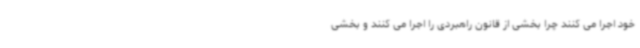
خود اجرا می کنند چرا بخشی از قانون راهبردی را اجرا می کنند و بخشی